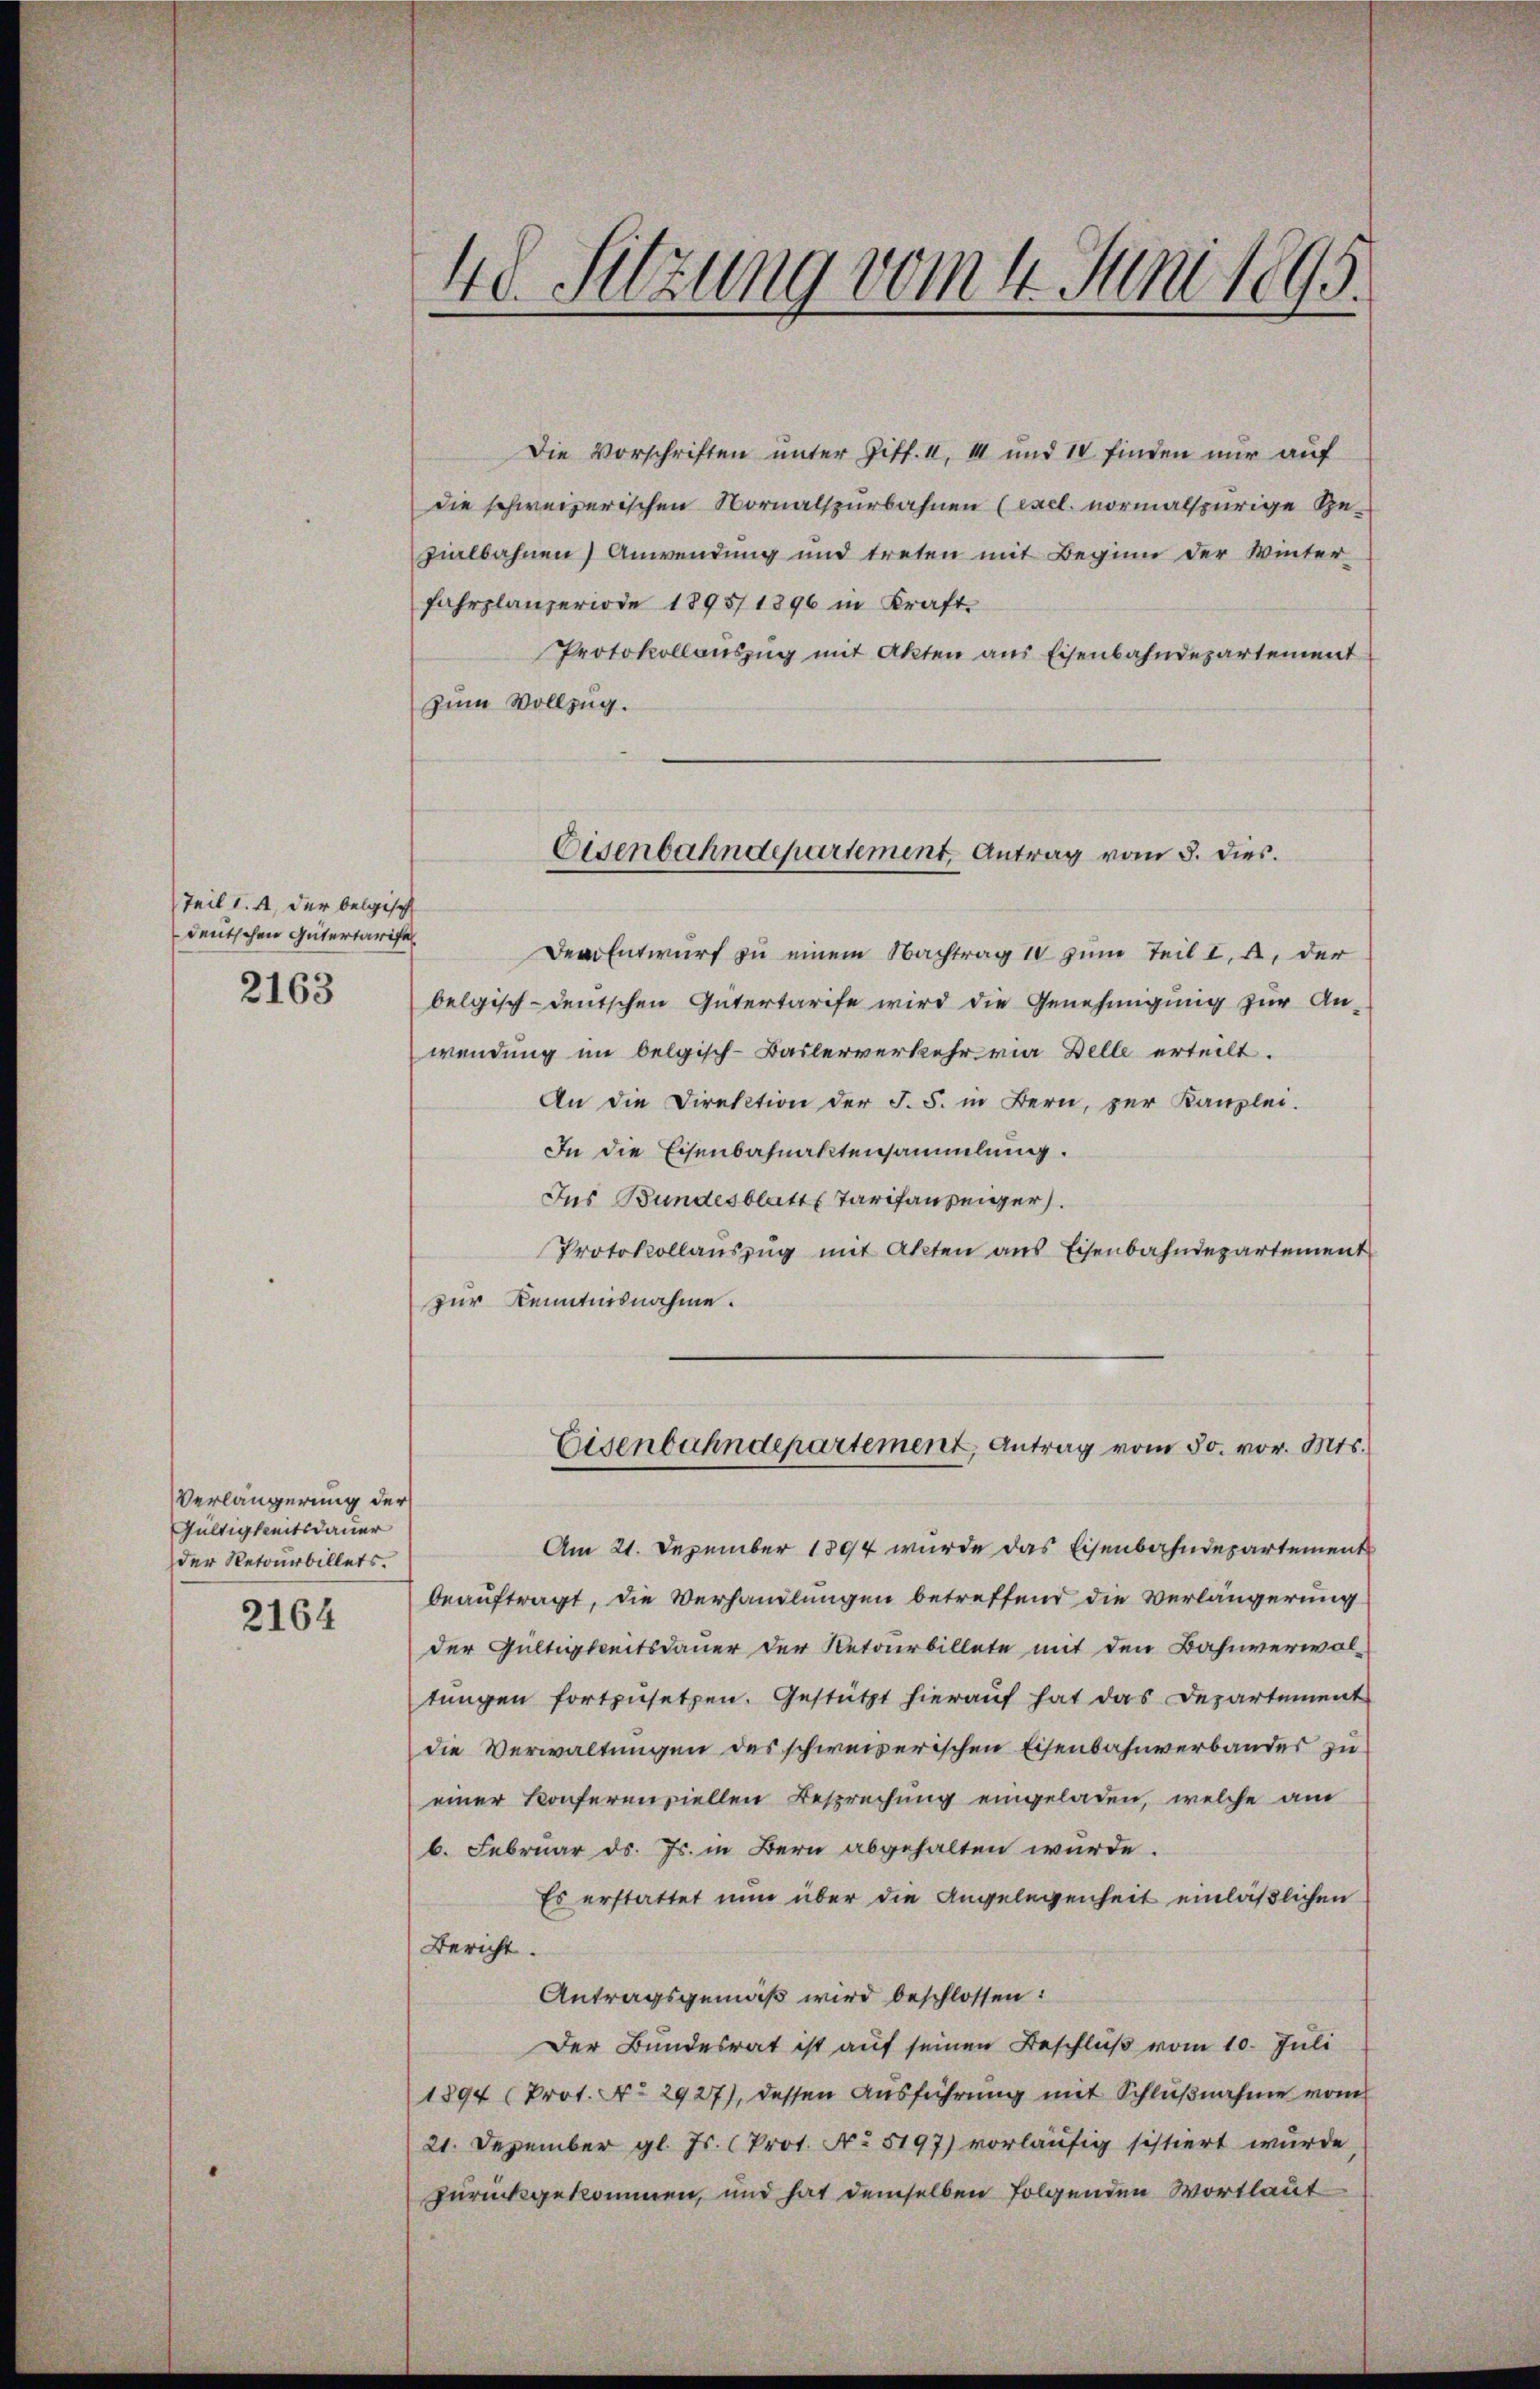
Teil l. 4, der belgisch
deutschen Gütertarife
2163

Verlängerung der
Gültigkeitsdauer
der Retourbillets.
2164

48. Setzung vom 4. Juni 1895.

Die Vorschriften unter Ziff. II, III und IV finden nur auf
die schweizerischen Normalspurbahnen (Excl. vormalspurige Ge-
zialbahnen) Anwendung und treten mit Beginn der Winter-
fahrplanzeriode 1895/1896 in Kraft.
Protokollauszug mit Akten aus Eisenbahndepartement
zum Vollzug.
Dem Entwurf zu einem Nachtrag 10 zum Teil I, a. der
belgisch-deutschen Gütertarife wird die Genehmigung zur An-
wendung im belgisch-Baslerverkehr via Belle erteilt.
An die Direktion der F. S. in Bern, zur Kanzlei-
In die Eisenbahnaktensammlung.
Ins Bundesblatt Tarifanzeiger.
Protokollaŭszŭg mit Akten ans Eisenbahndepartement
zur Kenntnisnahme.
Eisenbahndepartement, Antrag vom 30. vor. Mts.
Am 21. Dezember 1894 wurde das Eisenbahndepartement
beauftragt, die Verhandlungen betreffend die Verlängerung
der Gültigkeitsdauer der Retourbillete mit den Bahnverwal-
tŭngen fortzŭsetzen. Gestützt hierauf hat das Departement
die Verwaltungen des schweizerischen Eisenbahnverbandes zu
einer Konferenziellen Besprechung eingeladen, welche am
b. Februar d. Js. in Bern abgehalten wurde.
Es erstattet nun über die Angelegenheit einläßlichen
Bericht.
Antragsgemäß wird beschlossen:
Der Bundesrat ist auf seinen Beschluß vom 10. Juli
1894 (Prot. No 2927), dessen Ausführung mit Schlußnahme vom
21. Dezember gl. Js. (Prot. No 5197) vorläufig sistiert wurde,
zurückgekommen, und hat demselben folgenden Wortlaut

Eisenbahndepartement, Antrag vom 5. dies.